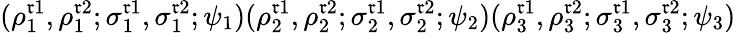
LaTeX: (\rho_{1}^{\mathfrak{r}1},\rho_{1}^{\mathfrak{r}2};\sigma_{1}^{\mathfrak{r}1},\sigma_{1}^{\mathfrak{r}2};\psi_{1})(\rho_{2}^{\mathfrak{r}1},\rho_{2}^{\mathfrak{r}2};\sigma_{2}^{\mathfrak{r}1},\sigma_{2}^{\mathfrak{r}2};\psi_{2})(\rho_{3}^{\mathfrak{r}1},\rho_{3}^{\mathfrak{r}2};\sigma_{3}^{\mathfrak{r}1},\sigma_{3}^{\mathfrak{r}2};\psi_{3})